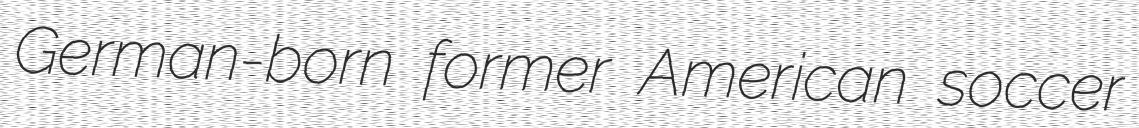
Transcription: German-born former American soccer